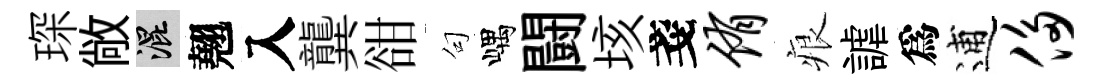
琛敞混翹入龔𧮳句嵎闘垓戔侑痕謔爲逋侈